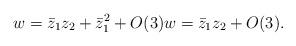
LaTeX: \begin{align*}w = \bar{z}_1z_2 + \bar{z}_1^2 + O(3)w = \bar{z}_1z_2 + O(3).\end{align*}